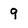
Character: 9